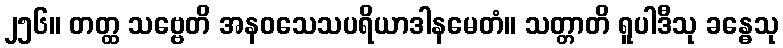
၂၅၆။ တတ္ထ သဗ္ဗေတိ အနဝသေသပရိယာဒါနမေတံ။ သတ္တာတိ ရူပါဒီသု ခန္ဓေသု